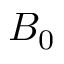
B _ { 0 }